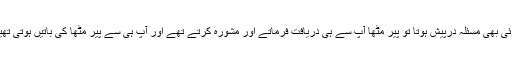
کوئی بھی مسئلہ درپیش ہوتا تو پیر مٹھاؒ آپ سے ہی دریافت فرماتے اور مشورہ کرتے تھے اور آپ ہی سے پیر مٹھاؒ کی باتیں ہوتی تھیں۔